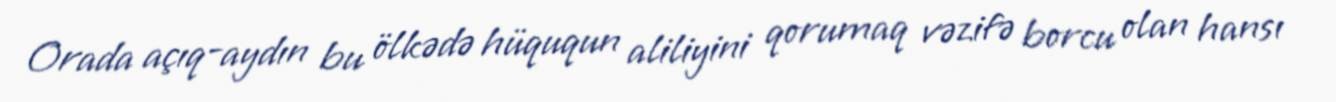
Orada açıq-aydın bu ölkədə hüququn aliliyini qorumaq vəzifə borcu olan hansı